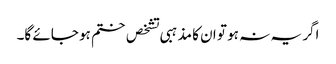
اگر یہ نہ ہو تو ان کا مذہبی تشخص ختم ہو جائے گا۔